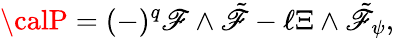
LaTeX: {\calP}=(-)^{q}\mathscr{F}\wedge\tilde{{\mathscr{F}}}-\ell\Xi\wedge\tilde{{\mathscr{F}}}_{\psi},